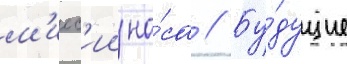
м'исс'ии на́са // Бу́дущие